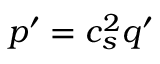
p ^ { \prime } = c _ { s } ^ { 2 } q ^ { \prime }